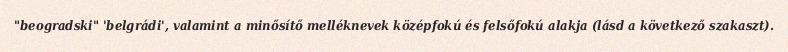
"beogradski" 'belgrádi', valamint a minősítő melléknevek középfokú és felsőfokú alakja (lásd a következő szakaszt).